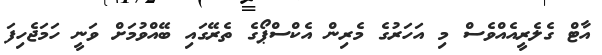
އާޓް ގެލެރީއެއްވެސް މި އަހަރުގެ މެރިން އެކްސްޕޯގެ ތެރޭގައި ބޭއްވުމަށް ވަނީ ހަމަޖެހިފަ